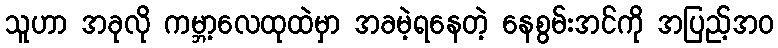
သူဟာ အခုလို ကမ္ဘာ့လေထုထဲမှာ အခမဲ့ရနေတဲ့ နေစွမ်းအင်ကို အပြည့်အဝ